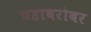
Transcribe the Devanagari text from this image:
चहाबरोबर